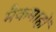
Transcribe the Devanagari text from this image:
मैकमाहों